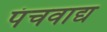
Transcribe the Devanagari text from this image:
पंचवाद्य